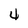
Character: 4